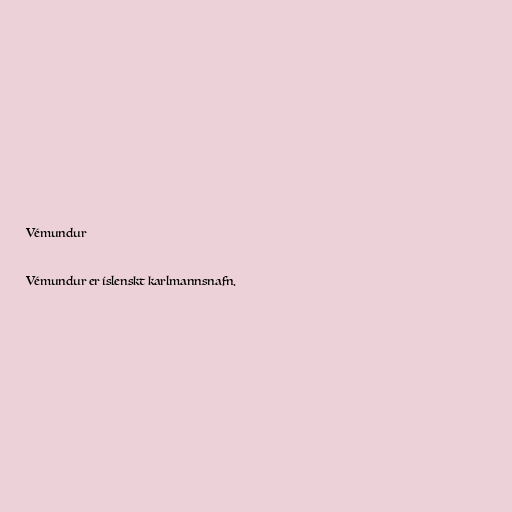
Vémundur

Vémundur er íslenskt karlmannsnafn.